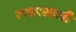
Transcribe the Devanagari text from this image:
१९६९साली